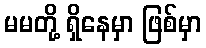
မမတို့ ရှိနေမှာ ဖြစ်မှာ